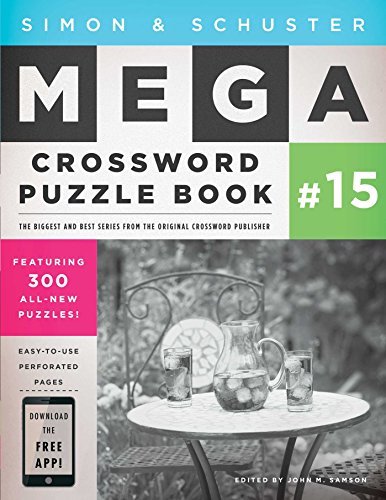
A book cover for Simon & Schuster Mega Crossword Puzzle Book #15; Humor & Entertainment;